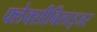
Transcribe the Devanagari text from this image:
फ्लेक्सीबिलाइजर